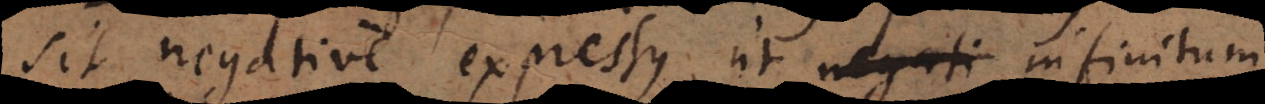
sit negative expressus, ut negati infinitum